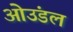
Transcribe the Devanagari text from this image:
ओउंडल